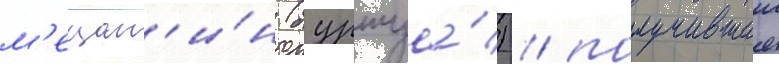
м'ещан'и́н (буржуа́) / получившии